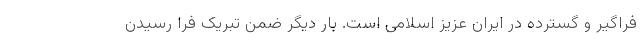
فراگیر و گسترده در ایران عزیز اسلامی است. بار دیگر ضمن تبریک فرا رسیدن